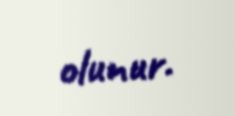
olunur.